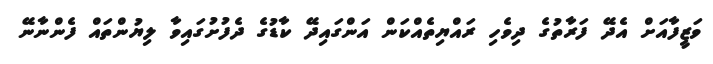
ވަޒީފާއަށް އެދޭ ފަރާތުގެ ދިވެހި ރައްޔިތެއްކަން އަންގައިދޭ ކާޑުގެ ދެފުށުގައިވާ ލިޔުންތައް ފެންނާނޭ